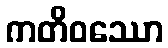
ကတိဝဿော